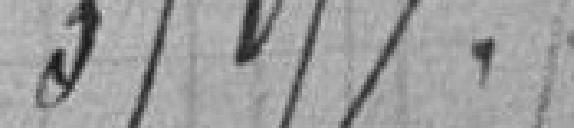
35057